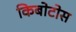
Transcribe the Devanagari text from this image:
किबोटोस